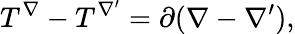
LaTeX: T^{\nabla}-T^{\nabla^{\prime}}=\partial(\nabla-\nabla^{\prime}),